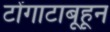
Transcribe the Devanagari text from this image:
टोंगाटाबूहून